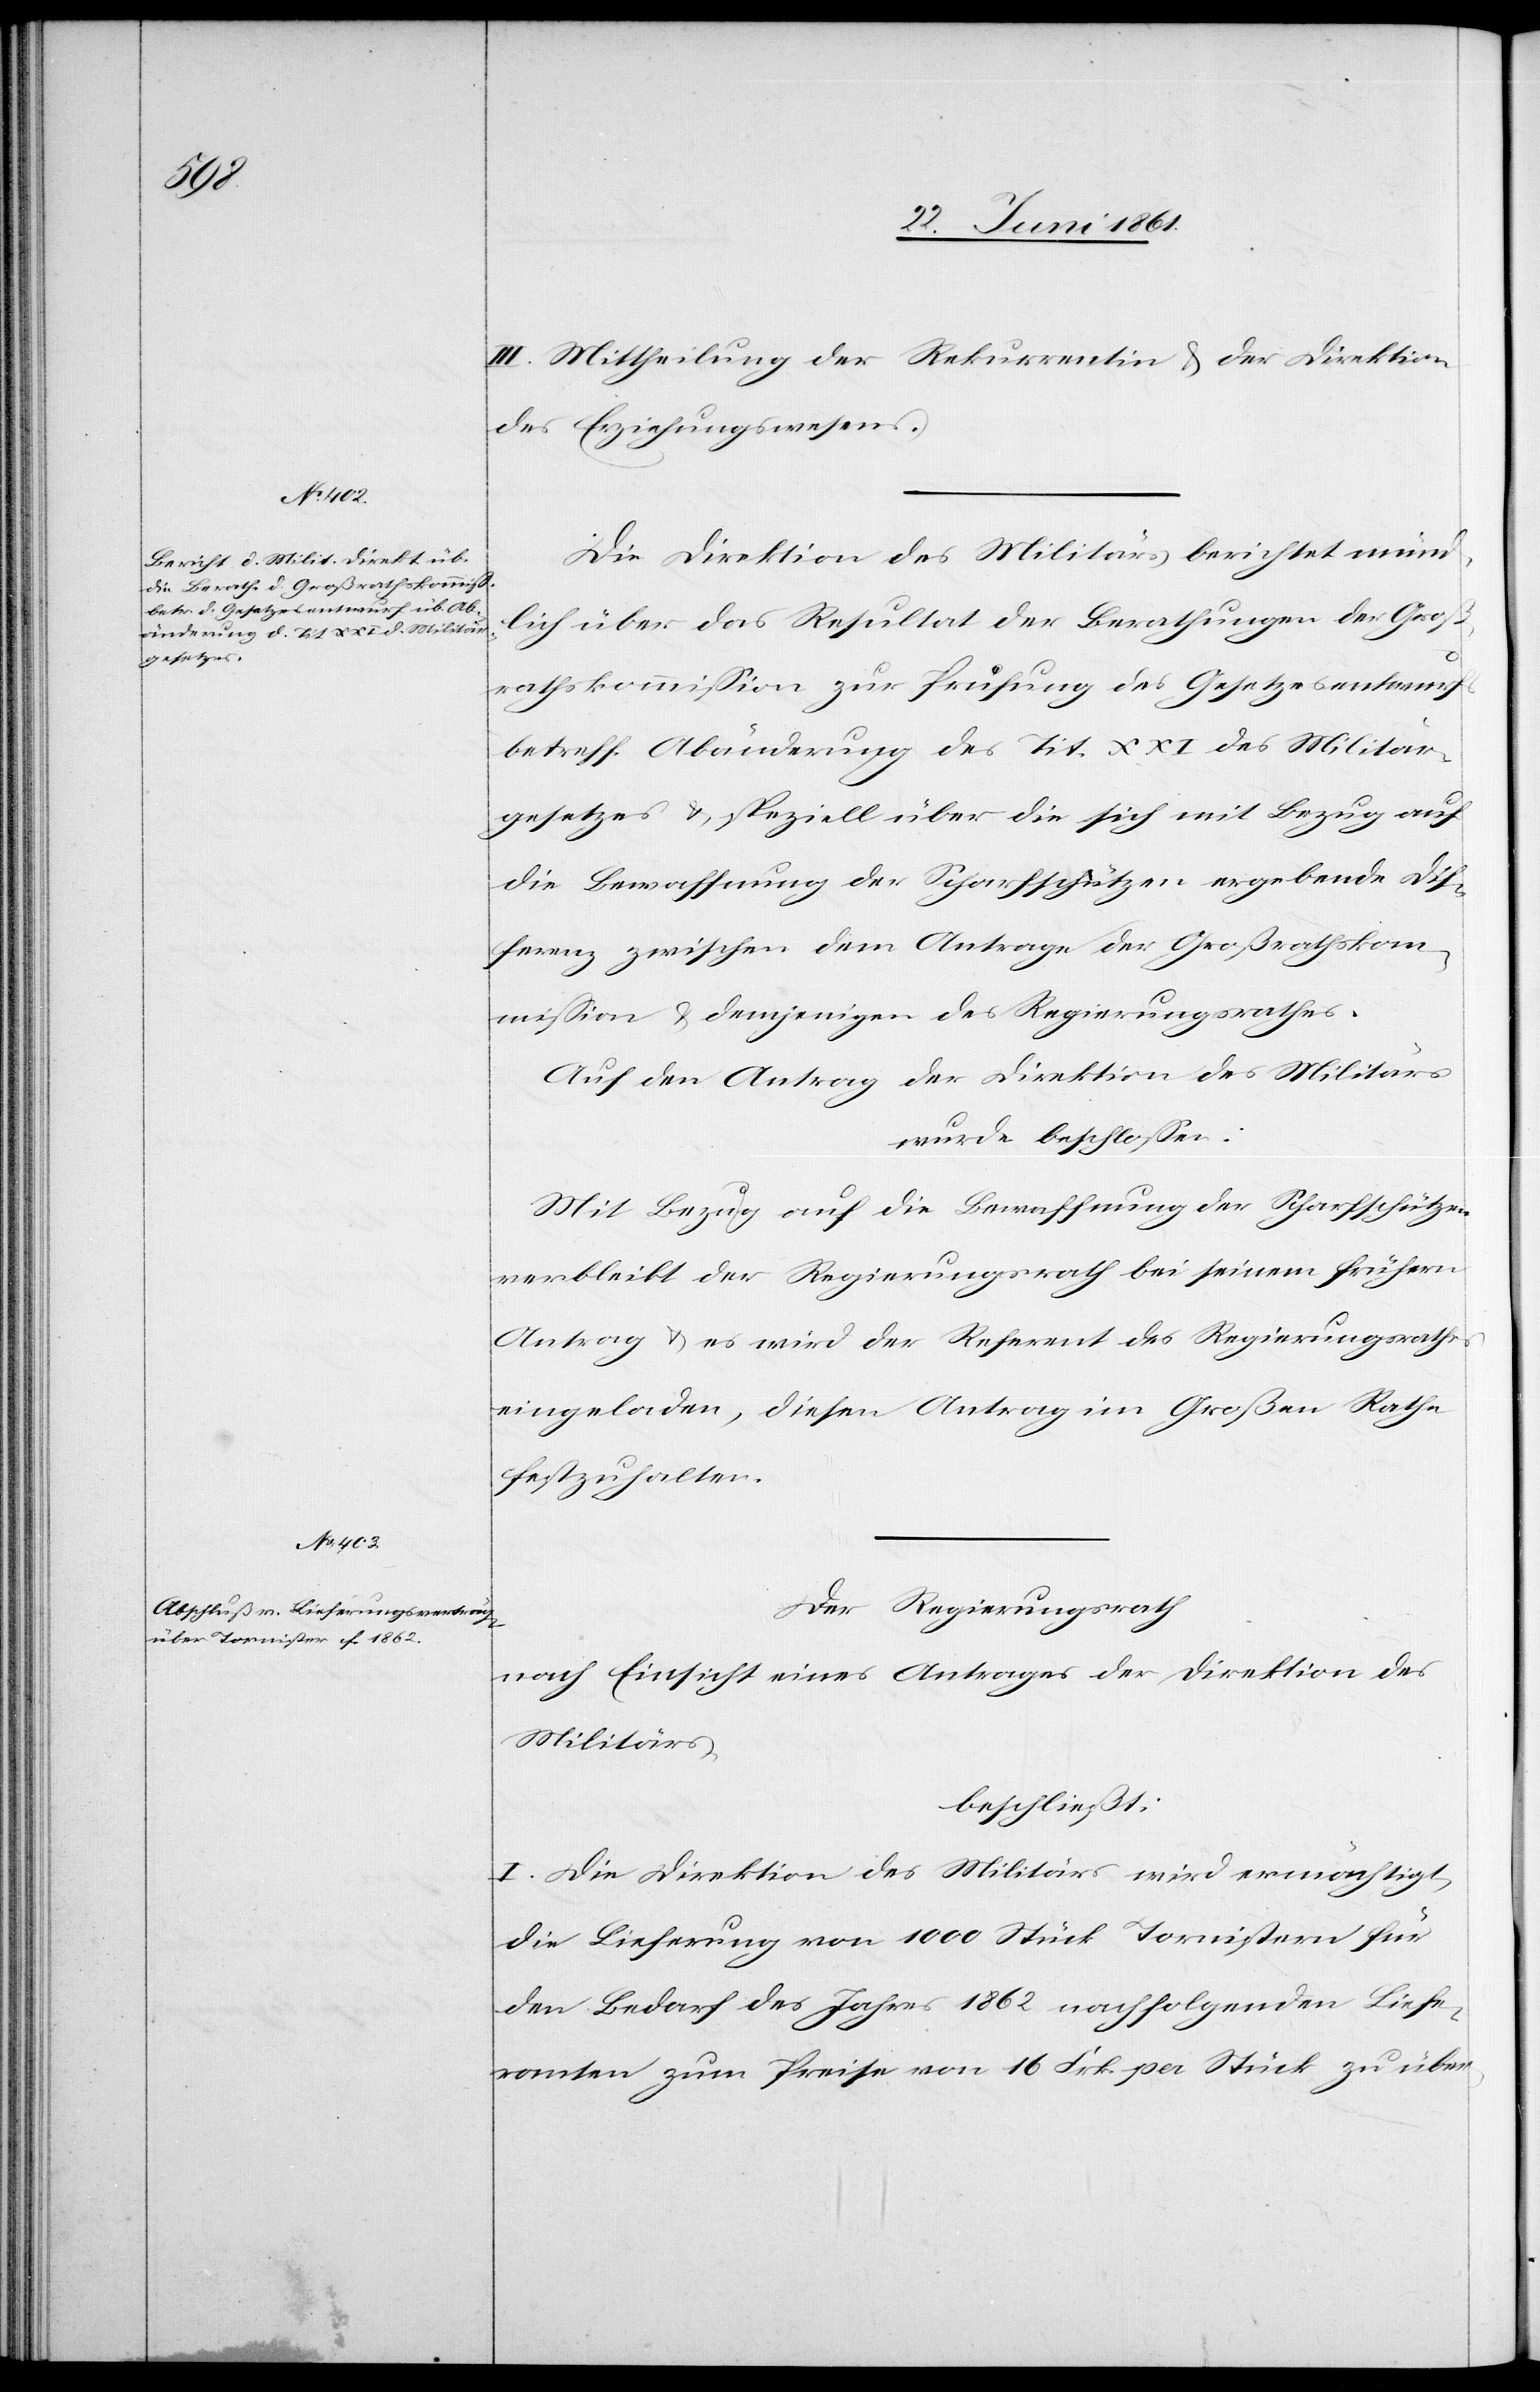
III. Mittheilung der Rekurrentin u. der Direktion
des Erziehungswesens.
Die Direktion des Militärs berichtet münd¬
lich über das Resultat der Berathungen der Groß¬
rathskommission zur Prüfung des Gesetzesentwurfes
betreff. Abänderung des Tit. XXI des Militär¬
gesetzes u. speziell über die sich mit Bezug auf
die Bewaffnung der Scharfschützen ergebende Dif¬
ferenz zwischen dem Antrage der Großrathskom¬
mission u. demjenigen des Regierungsrathes.
Auf den Antrag der Direktion des Militärs
wurde beschlossen:
Mit Bezug auf die Bewaffnung der Scharfschützen
verbleibt der Regierungsrath bei seinem frühern
Antrag u. es wird der Referent des Regierungsrathes
eingeladen, diesen Antrag im Großen Rathe
festzuhalten.
Der Regierungsrath
nach Einsicht eines Antrages der Direktion des
Militärs,
beschließt:
I. Die Direktion des Militärs wird ermächtigt,
die Lieferung von 1000 Stück Tornistern für
den Bedarf des Jahres 1862 nachfolgenden Liefe¬
ranten zum Preise von 16 Frk. per Stück zu über-